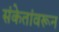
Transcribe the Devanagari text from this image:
संकेतांवरून